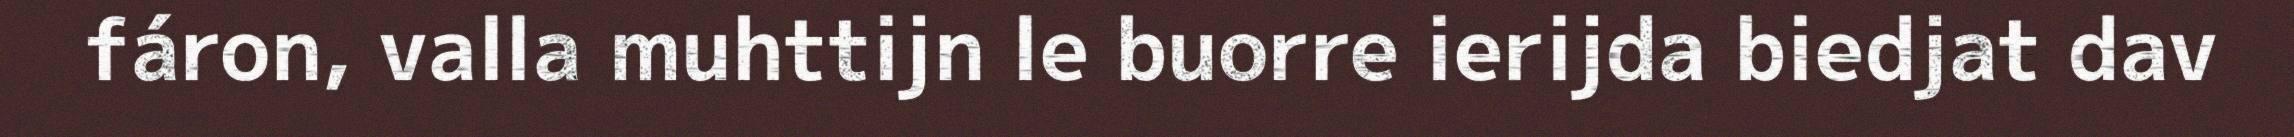
fáron, valla muhttijn le buorre ierijda biedjat dav